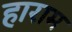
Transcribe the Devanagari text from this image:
हाराम